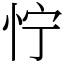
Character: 㤖